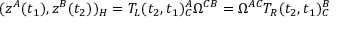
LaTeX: ( z ^ { A } ( t _ { 1 } ) , z ^ { B } ( t _ { 2 } ) ) _ { \cal H } = T _ { L } ( t _ { 2 } , t _ { 1 } ) _ { C } ^ { A } \Omega ^ { C B } = \Omega ^ { A C } T _ { R } ( t _ { 2 } , t _ { 1 } ) _ { C } ^ { B }